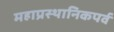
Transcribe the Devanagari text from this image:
महाप्रस्थानिकपर्व